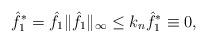
LaTeX: \begin{align*}\hat{f}_{1}^{*}=\hat{f}_1\Vert\hat{f}_1\Vert_\infty\leq k_n\hat{f}_{1}^*\equiv 0 ,\end{align*}